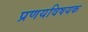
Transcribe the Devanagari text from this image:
प्रणयविषयक